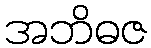
အဘိဓဇ